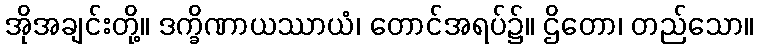
အိုအချင်းတို့။ ဒက္ခိဏာယဿာယံ၊ တောင်အရပ်၌။ ဌိတော၊ တည်သော။